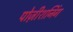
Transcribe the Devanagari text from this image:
पोज़ीशनिंग